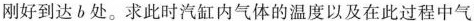
刚好到达b处。求此时汽缸内气体的温度以及在此过程中气